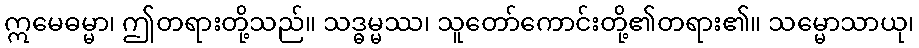
ဣမေဓမ္မာ၊ ဤတရားတို့သည်။ သဒ္ဓမ္မဿ၊ သူတော်ကောင်းတို့၏တရား၏။ သမ္မောသာယု၊